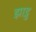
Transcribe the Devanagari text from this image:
झाड़ु